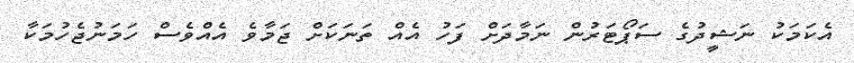
އެކަމަކު ނަޝީދުގެ ސަޕޯޓަރުން ނަމާދަށް ފަހު އެއް ތަނަކަށް ޖަމާވެ އެއްވެސް ހަމަނުޖެހުމަކާ